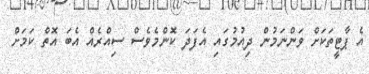
އެ ޕާޓީތަކަށް ވަންނަމުން ދިއުމުގައި އެފަދަ ކޮންމެވެސް ސިއްރެއް އެބަ އޮތް ކަމަށް